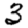
Digit: 3